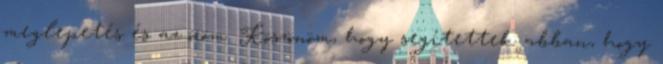
meglepetés és az öröm. Köszönöm, hogy segítettek abban, hogy